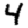
Digit: 4